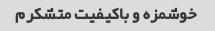
خوشمزه و باکیفیت متشکرم